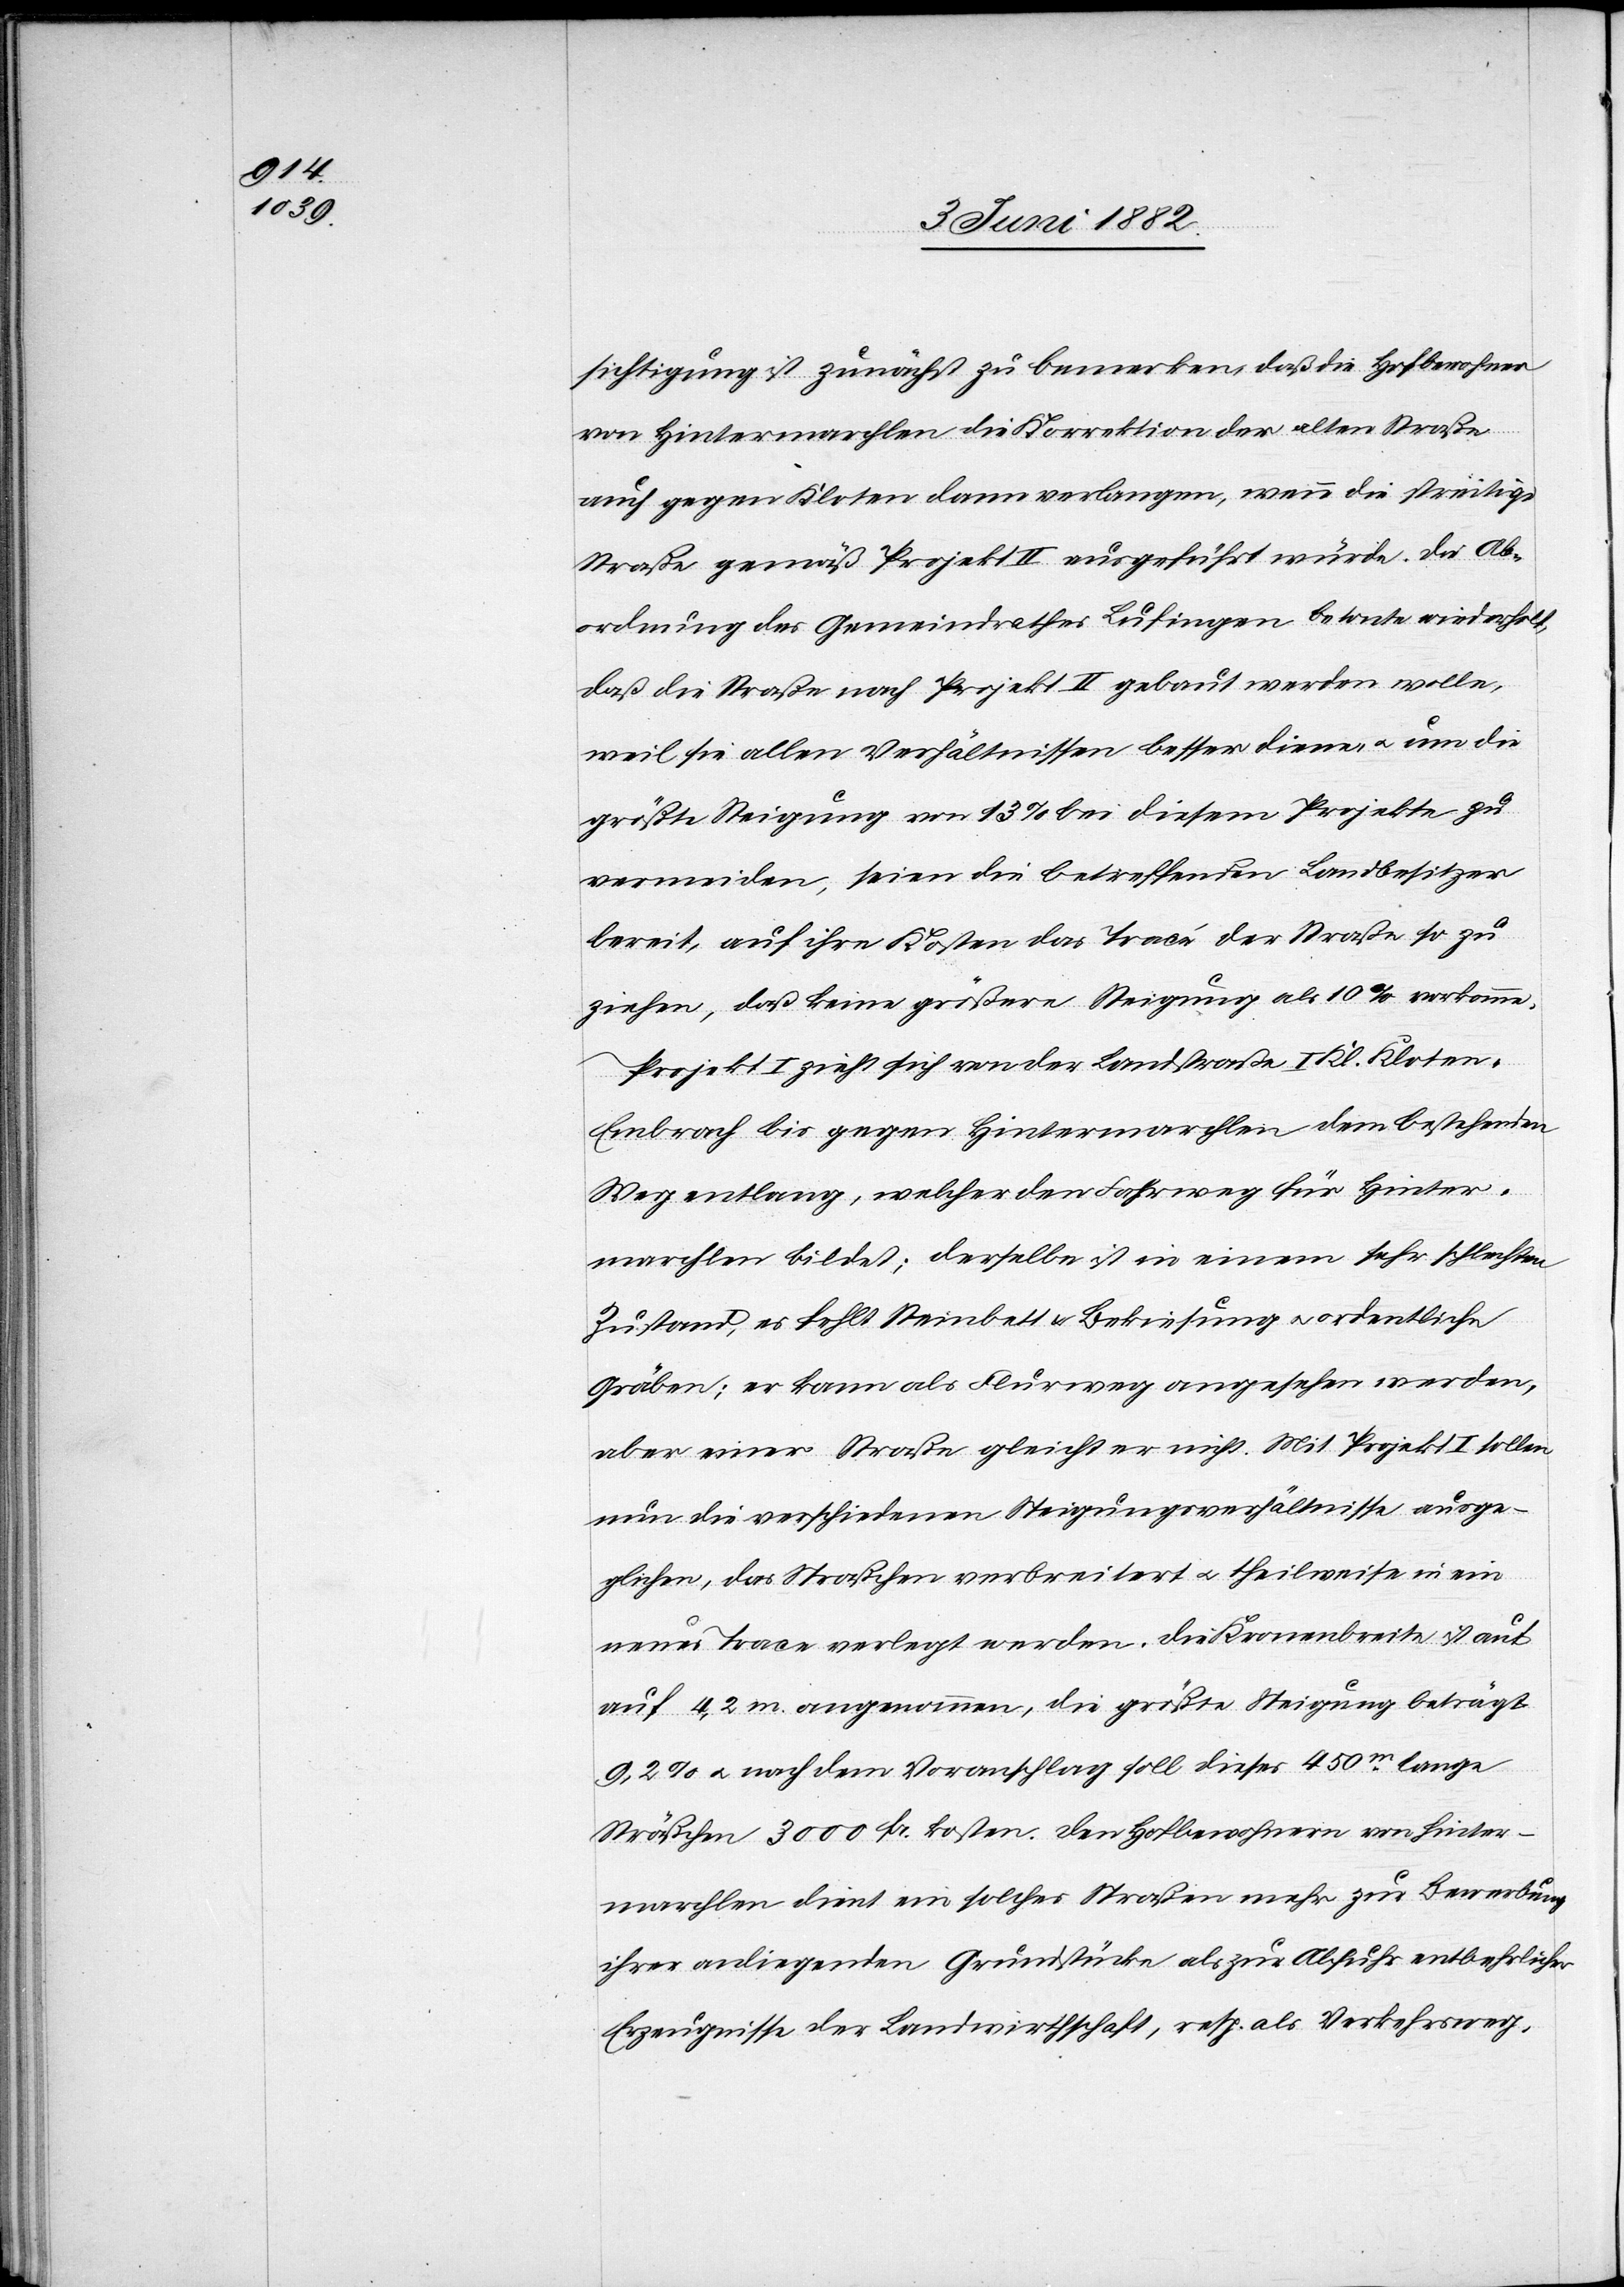
sichtigung ist zunächst zu bemerken, daß die Hofbewohner
von Hintermarchlen die Korrektion der alten Straße
auch gegen Kloten dann verlangen, wenn die streitige
Straße gemäß Projekt II ausgeführt würde. Die Ab¬
ordnung des Gemeindrathes Lufingen betonte wiederholt,
daß die Straße nach Projekt II gebaut werden wolle,
weil sie allen Verhältnissen besser diene, u. um die
größte Steigung von 13% bei diesem Projekte zu
vermeiden, seien die betreffenden Landbesitzer
bereit, auf ihre Kosten das Tracé der Straße so zu
ziehen, daß keine größere Steigung als 10% vorkomme.
Projekt I zieht sich von der Landstraße I. Kl. Klote¬
n–Embrach bis gegen Hintermarchlen dem bestehenden
Weg entlang, welcher den Flurweg für Hinter¬
marchlen bildet; derselbe ist in einem sehr schlechten
Zustand, es fehlt Steinbett u. Bekiesung u. ordentliche
Gräben; er kann als Flurweg angesehen werden,
aber einer Straße gleicht er nicht. Mit Projekt I sollen
nun die verschiedenen Steigungsverhältnisse ausge¬
glichen, das Sträßchen verbreitert u. theilweise in ein
neues Trace verlegt werden. Die Kronenbreite ist
auf 4,2 m angenommen, die größte Steigung beträgt
9,2% u. nach dem Voranschlag soll dieses 450m lange
Sträßchen 3000 Fr. kosten. Den Hofbewohnern von Hinter¬
marchlen dient ein solches Sträß[ch]en mehr zur Bewerbung
ihrer anliegenden Grundstücke als zu Abfuhr entbehrlicher
Erzeugnisse der Landwirthschaft, resp. als Verkehrsweg.